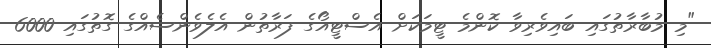
"މި މުބާރާތުގައި ބައިވެރިވާ ކޮންމެ ޓީމަކަށް އެސްޓީއޯގެ ފަރާތުން އެލެވެންސެއްގެ ގޮތުގައި 6000